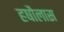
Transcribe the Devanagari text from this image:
हषौलास